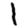
Digit: 1